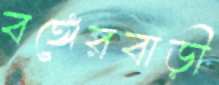
বঙ্গেরবাড়ী